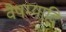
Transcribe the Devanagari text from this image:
वैषम्यादि